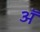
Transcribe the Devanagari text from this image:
अॅ